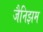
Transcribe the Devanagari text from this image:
जैनिझम